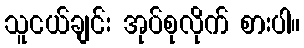
သူငယ်ချင်း အုပ်စုလိုက် စားပါ။